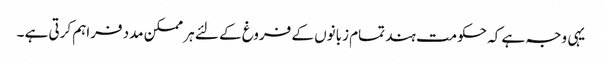
یہی وجہ ہے کہ حکومت ہند تمام زبانوں کے فروغ کے لئے ہر ممکن مدد فراہم کرتی ہے ۔